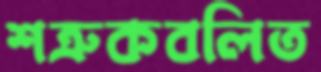
শত্রুকবলিত